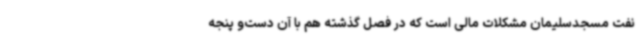
نفت مسجدسلیمان مشکلات مالی است که در فصل گذشته هم با آن دست‌و پنجه